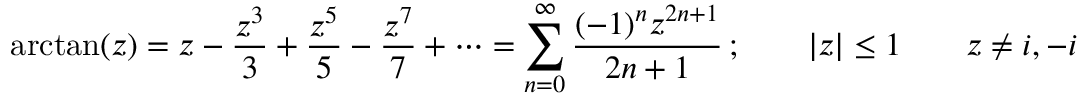
\arctan ( z ) = z - { \frac { z ^ { 3 } } { 3 } } + { \frac { z ^ { 5 } } { 5 } } - { \frac { z ^ { 7 } } { 7 } } + \cdots = \sum _ { n = 0 } ^ { \infty } { \frac { ( - 1 ) ^ { n } z ^ { 2 n + 1 } } { 2 n + 1 } } \, ; \qquad | z | \leq 1 \qquad z \neq i , - i